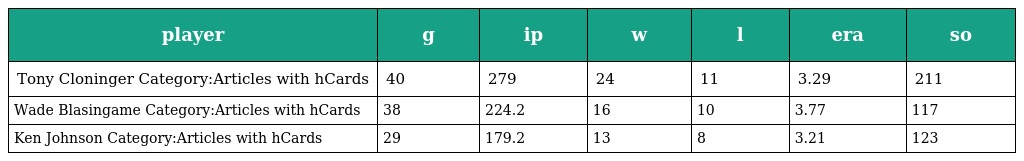
| player | g | ip | w | l | era | so |
 | --- | --- | --- | --- | --- | --- | --- |
 | Tony Cloninger Category:Articles with hCards | 40 | 279 | 24 | 11 | 3.29 | 211 |
 | Wade Blasingame Category:Articles with hCards | 38 | 224.2 | 16 | 10 | 3.77 | 117 |
 | Ken Johnson Category:Articles with hCards | 29 | 179.2 | 13 | 8 | 3.21 | 123 |